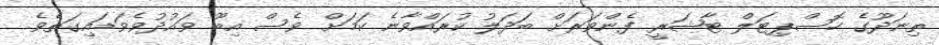
ތިނަދޫގެ ހޮސްޕިޓަލް ޓާޝަރީ ފެންވަރަށް ބަދަލު ކުރައްވާނެ ކަމަށް ވެސް އިބޫ ވައުދުވެވަޑައިގަތެވެ.